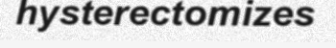
hysterectomizes